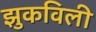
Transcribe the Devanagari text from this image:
झुकविली